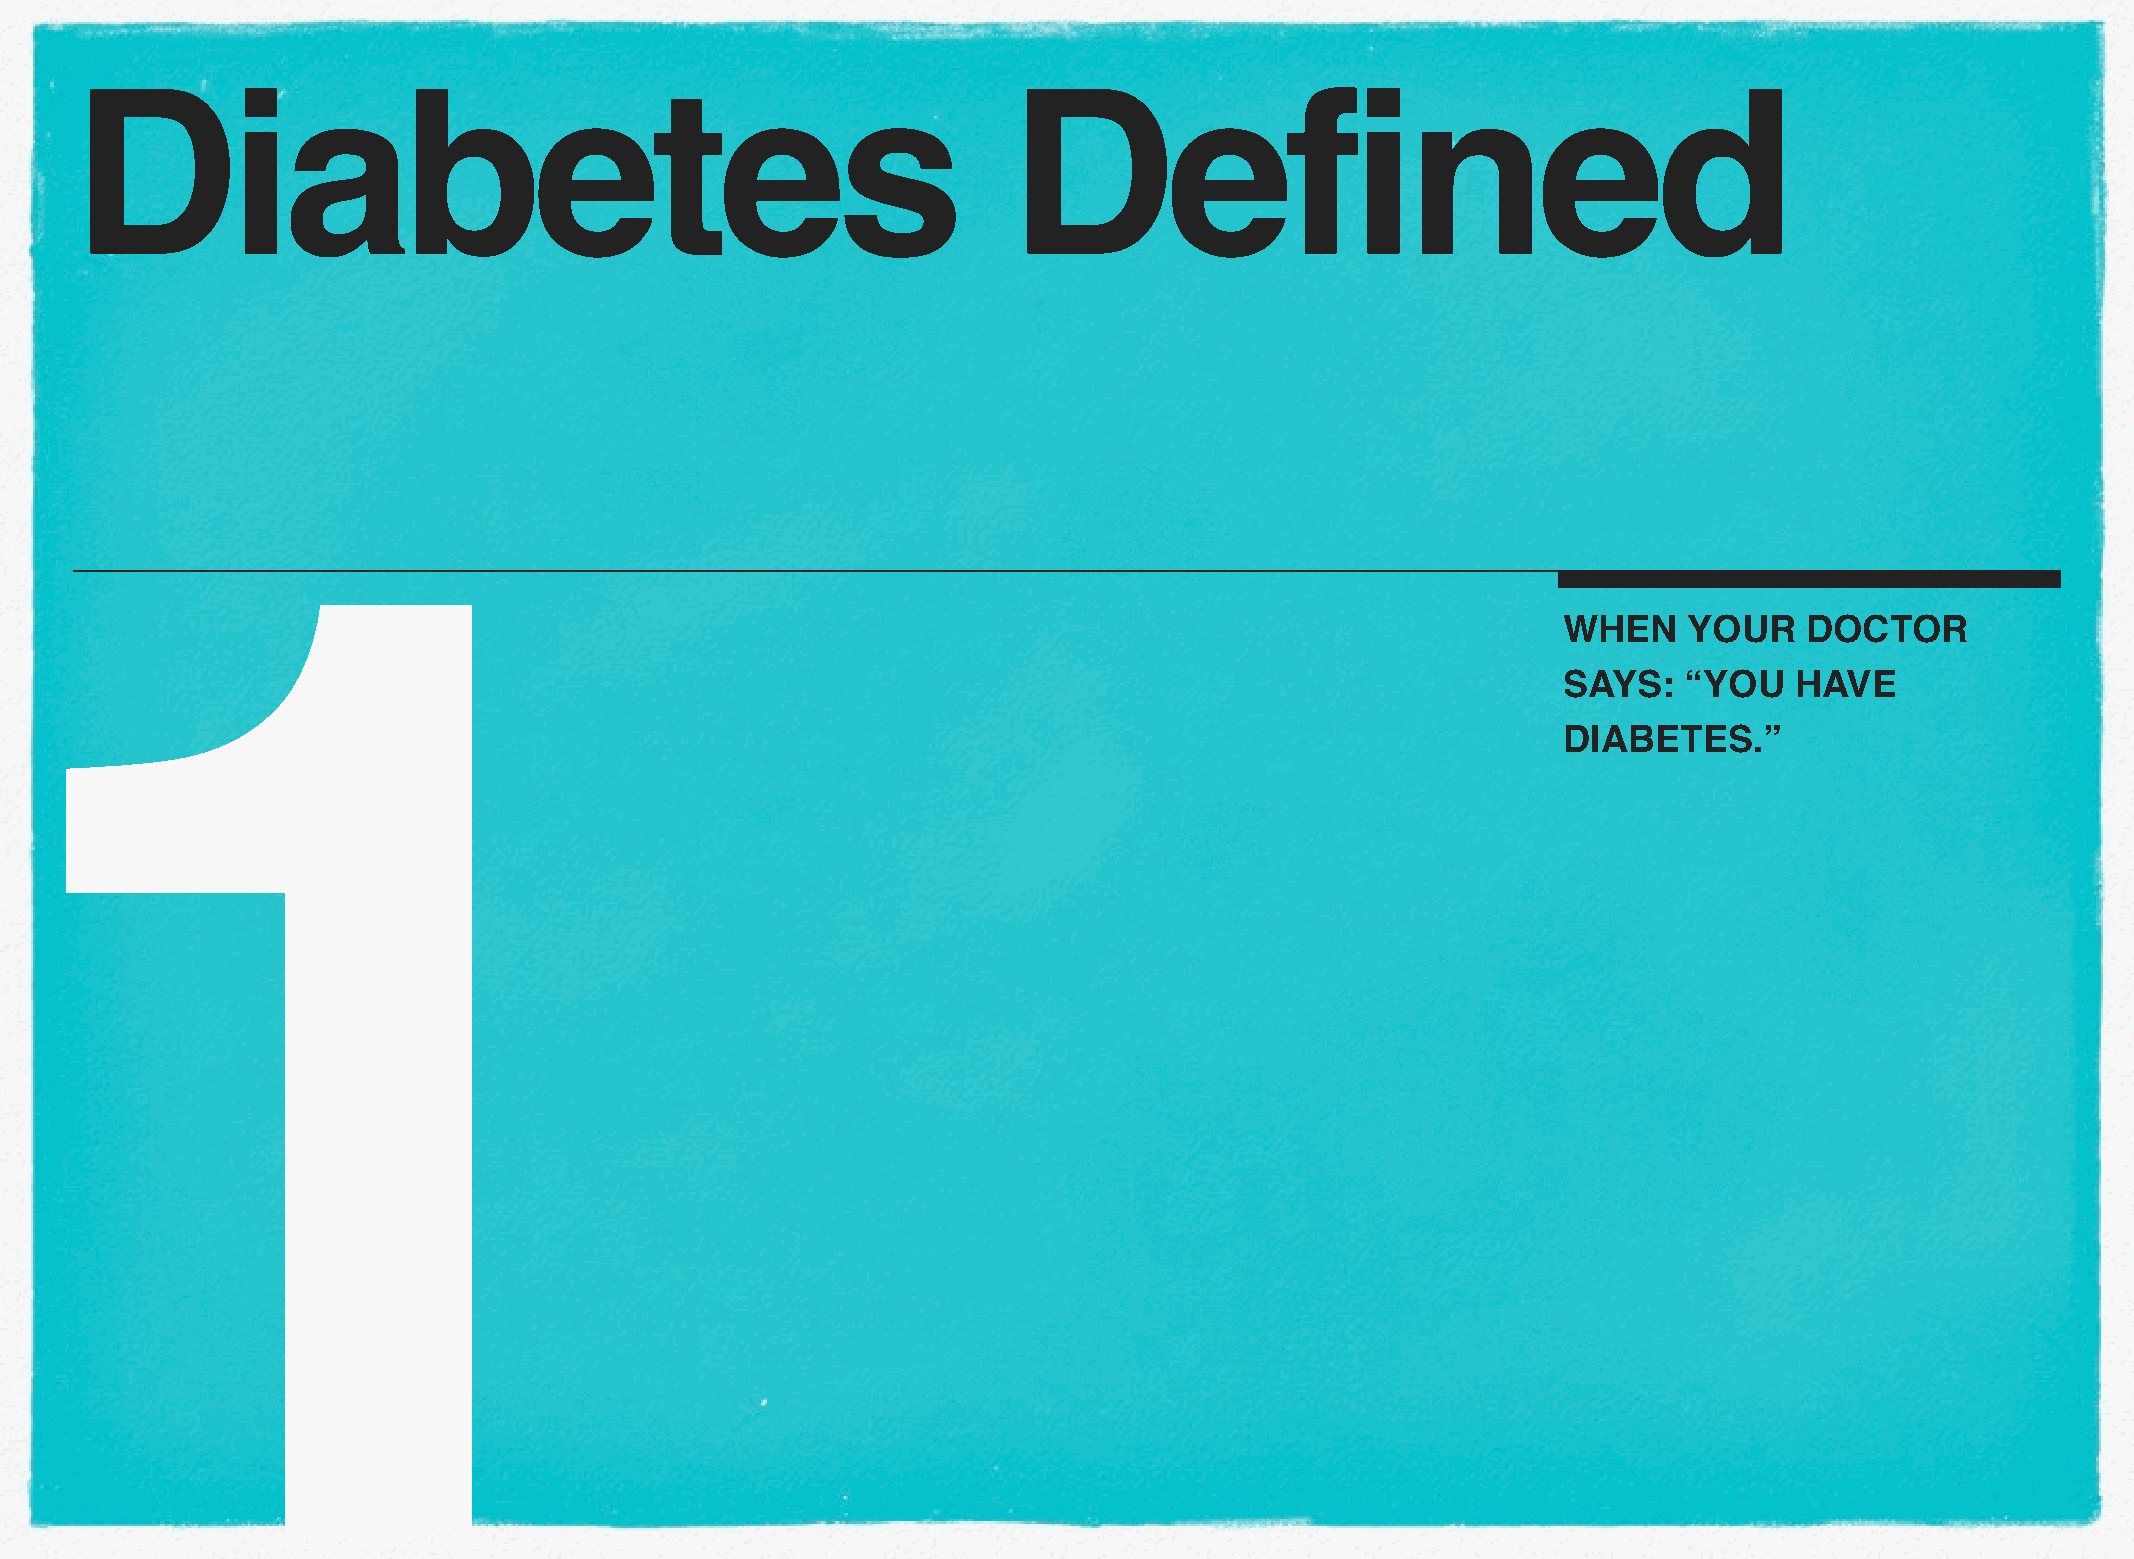
Diabetes                                                      Defined
 1
 WHEN     YOUR    DOCTOR
 SAYS:   “YOU    HAVE
 DIABETES.”